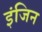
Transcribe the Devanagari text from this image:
इंजिन